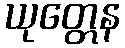
ယုတ္တေန